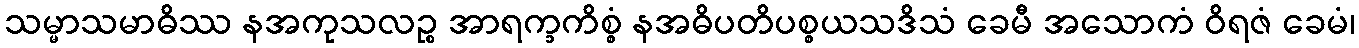
သမ္မာသမာဓိဿ နအကုသလဉ္စ အာရက္ခကိစ္စံ နအဓိပတိပစ္စယသဒိသံ ခေမီ အသောကံ ဝိရဇံ ခေမံ၊